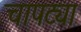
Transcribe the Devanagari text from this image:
चापट्या